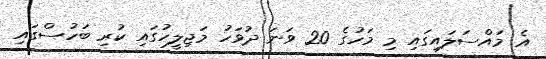
އެ މައްސަލައިގައި މި މަހުގެ 20 ވަނަ ދުވަހު މަޖިލީހުގައި ކުރި ބަހުސްގައި